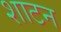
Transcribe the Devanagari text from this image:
शाटन